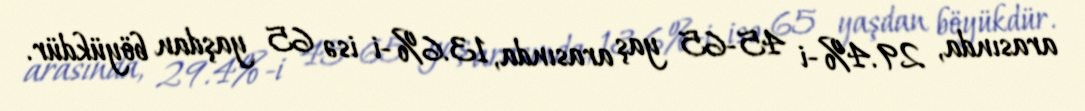
arasında, 29.4%-i 45-65 yaş arasında, 13.6%-i isə 65 yaşdan böyükdür.